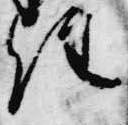
経